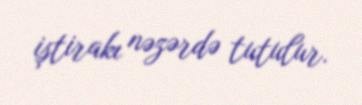
iştirakı nəzərdə tutulur.